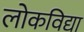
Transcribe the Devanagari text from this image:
लोकविद्या